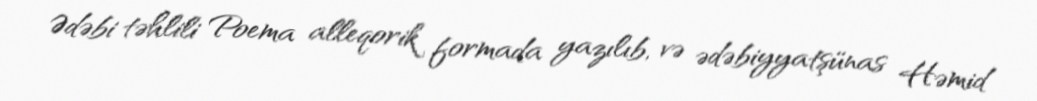
Ədəbi təhlili Poema alleqorik formada yazılıb, və ədəbiyyatşünas Həmid